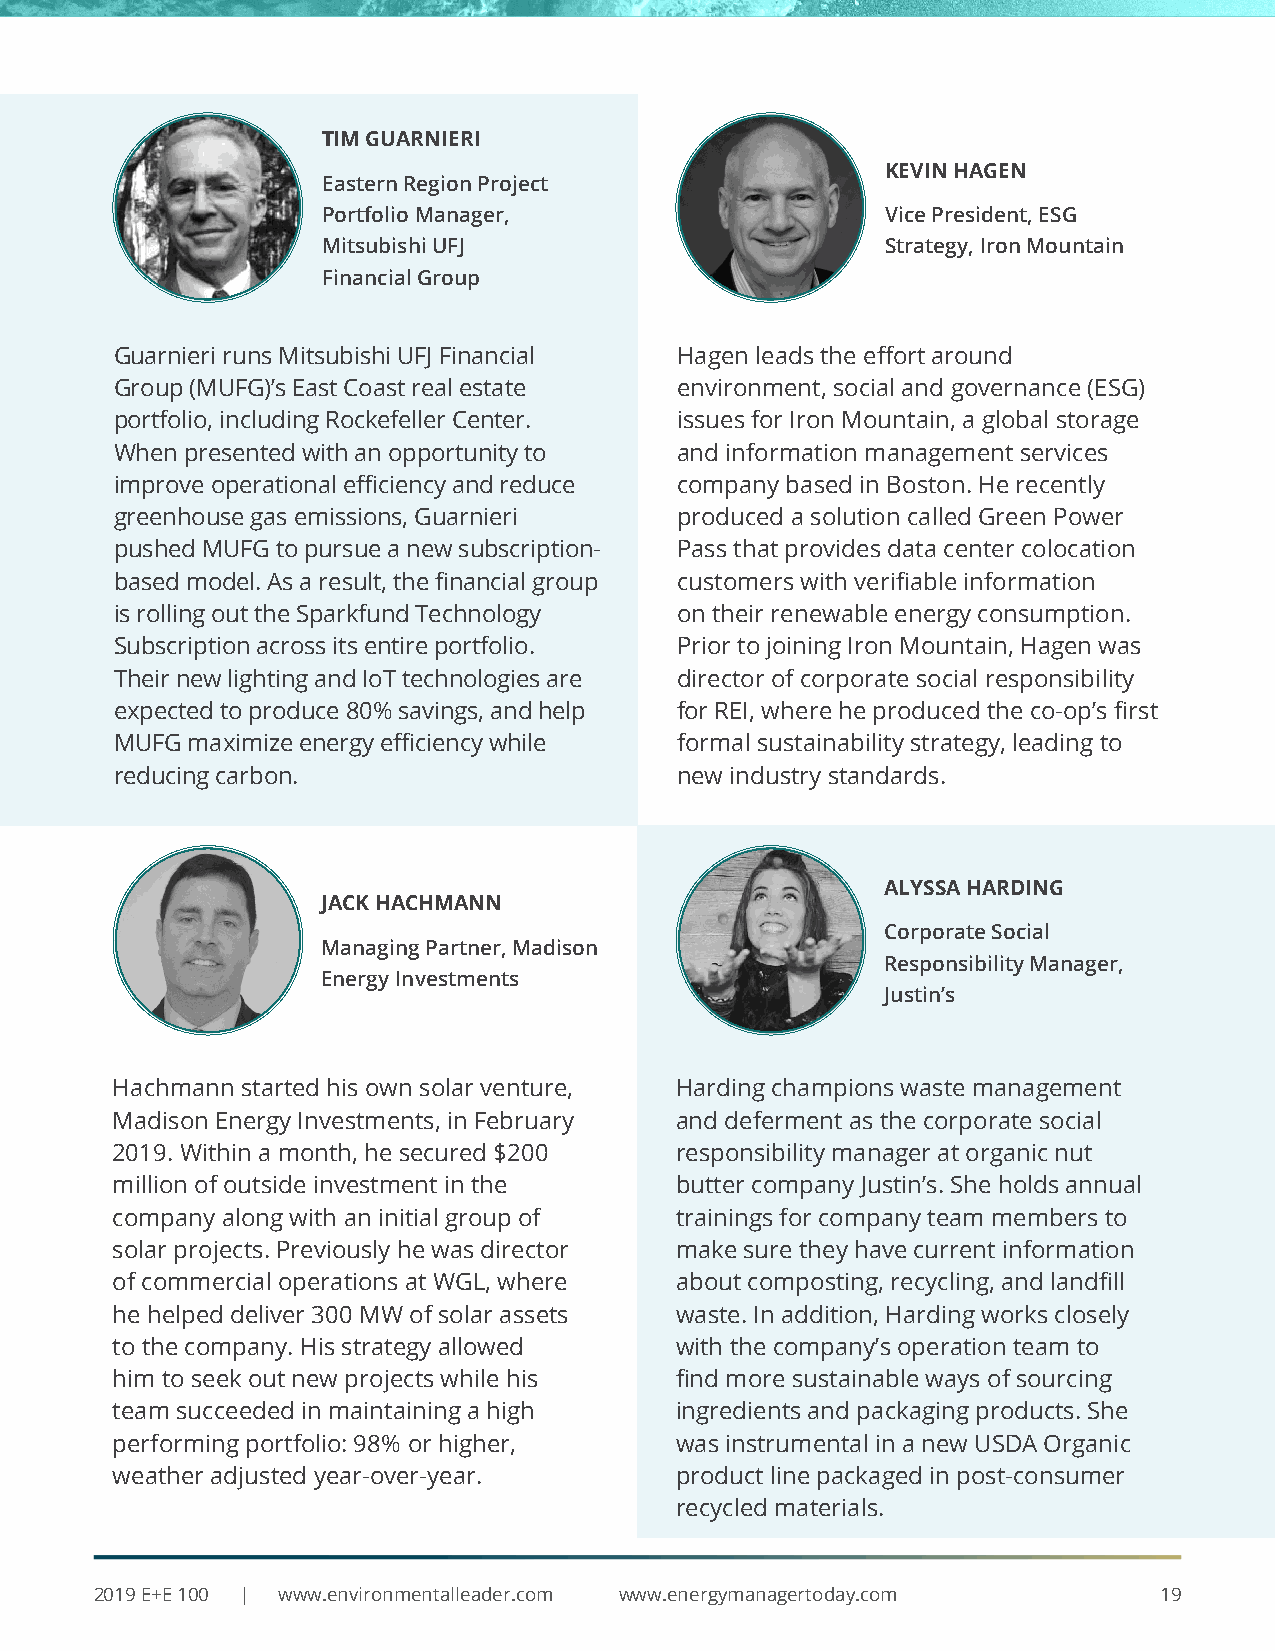
TIM GUARNIERI
 KEVIN HAGEN
 Eastern Region Project
 Portfolio Manager,                    Vice President, ESG
 Mitsubishi UFJ                        Strategy, Iron Mountain
 Financial Group
 Guarnieri runs Mitsubishi UFJ Financial Hagen leads the effort around
 Group (MUFG)’s East Coast real estate environment, social and governance (ESG)
 portfolio, including Rockefeller Center. issues for Iron Mountain, a global storage
 When presented with an opportunity to and information management services
 improve operational efficiency and reduce company based in Boston. He recently
 greenhouse gas emissions, Guarnieri  produced a solution called Green Power
 pushed MUFG to pursue a new subscription- Pass that provides data center colocation
 based model. As a result, the financial group customers with verifiable information
 is rolling out the Sparkfund Technology on their renewable energy consumption.
 Subscription across its entire portfolio. Prior to joining Iron Mountain, Hagen was
 Their new lighting and IoT technologies are director of corporate social responsibility
 expected to produce 80% savings, and help for REI, where he produced the co-op’s first
 MUFG maximize energy efficiency while formal sustainability strategy, leading to
 reducing carbon.                     new industry standards.
 ALYSSA HARDING
 JACK HACHMANN
 Corporate Social
 Managing Partner, Madison
 Responsibility Manager,
 Energy Investments
 Justin’s
 Hachmann started his own solar venture, Harding champions waste management
 Madison Energy Investments, in February and deferment as the corporate social
 2019. Within a month, he secured $200 responsibility manager at organic nut
 million of outside investment in the  butter company Justin’s. She holds annual
 company along with an initial group of trainings for company team members to
 solar projects. Previously he was director make sure they have current information
 of commercial operations at WGL, where about composting, recycling, and landfill
 he helped deliver 300 MW of solar assets waste. In addition, Harding works closely
 to the company. His strategy allowed  with the company’s operation team to
 him to seek out new projects while his find more sustainable ways of sourcing
 team succeeded in maintaining a high  ingredients and packaging products. She
 performing portfolio: 98% or higher,  was instrumental in a new USDA Organic
 weather adjusted year-over-year.      product line packaged in post-consumer
 recycled materials.
 2019 E+E 100 | www.environmentalleader.com www.energymanagertoday.com  19